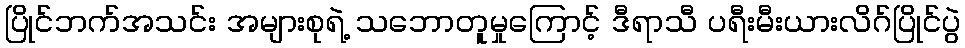
ပြိုင်ဘက်အသင်း အများစုရဲ့ သဘောတူမှုကြောင့် ဒီရာသီ ပရီးမီးယားလိဂ်ပြိုင်ပွဲ